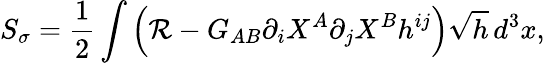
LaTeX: S_{\sigma}=\frac{1}{2}\int\left({\cal R}-G_{AB}\partial_{i}X^{A}\partial_{j}X^{B}h^{ij}\right)\sqrt{h}\, d^{3}x,